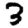
Digit: 3